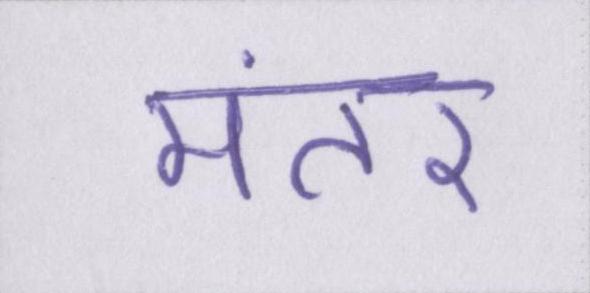
मंतर